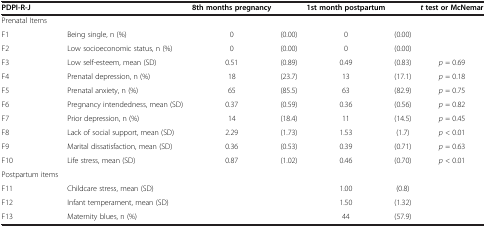
| PDPI-R-J |  | 8th months pregnancy |  | 1st month postpartum |  | t test or McNemar |
 | --- | --- | --- | --- | --- | --- | --- |
 | <COLSPAN=7> Prenatal Items |
 | F1 | Being single, n (%) | 0 | (0.00) | 0 | (0.00) |  |
 | F2 | Low socioeconomic status, n (%) | 0 | (0.00) | 0 | (0.00) |  |
 | F3 | Low self-esteem, mean (SD) | 0.51 | (0.89) | 0.49 | (0.83) | p = 0.69 |
 | F4 | Prenatal depression, n (%) | 18 | (23.7) | 13 | (17.1) | p = 0.18 |
 | F5 | Prenatal anxiety, n (%) | 65 | (85.5) | 63 | (82.9) | p = 0.75 |
 | F6 | Pregnancy intendedness, mean (SD) | 0.37 | (0.59) | 0.36 | (0.56) | p = 0.82 |
 | F7 | Prior depression, n (%) | 14 | (18.4) | 11 | (14.5) | p = 0.45 |
 | F8 | Lack of social support, mean (SD) | 2.29 | (1.73) | 1.53 | (1.7) | p < 0.01 |
 | F9 | Marital dissatisfaction, mean (SD) | 0.36 | (0.53) | 0.39 | (0.71) | p = 0.63 |
 | F10 | Life stress, mean (SD) | 0.87 | (1.02) | 0.46 | (0.70) | p < 0.01 |
 | Postpartum items |  |  |  |  |  |  |
 | F11 | Childcare stress, mean (SD) |  |  | 1.00 | (0.8) |  |
 | F12 | Infant temperament, mean (SD) |  |  | 1.50 | (1.32) |  |
 | F13 | Maternity blues, n (%) |  |  | 44 | (57.9) |  |